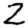
Digit: 2